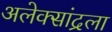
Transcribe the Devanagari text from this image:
अलेक्सांद्रला